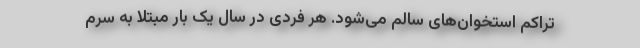
تراکم استخوان‌های سالم می‌شود. هر فردی در سال یک بار مبتلا به سرم